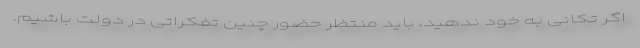
اگر تکانی به خود ندهید، باید منتظر حضور چنین تفکراتی در دولت باشیم.